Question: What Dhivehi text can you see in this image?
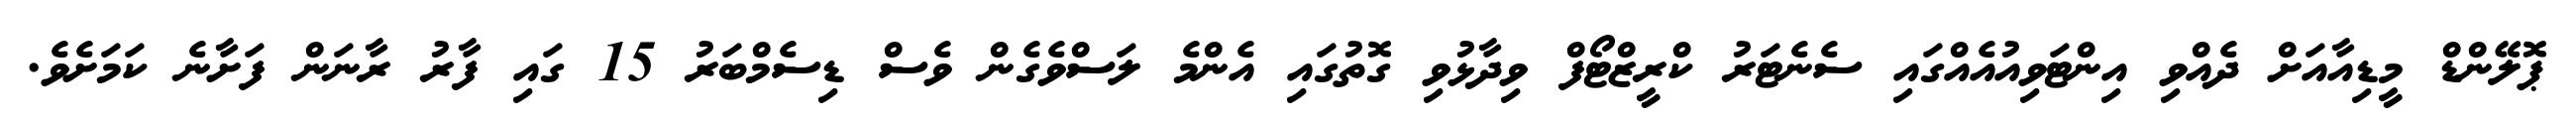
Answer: ޕޮލޭންޑް މީޑިއާއަށް ދެއްވި އިންޓަވިއުއެއްގައި ސެނެޓަރު ކްރީޒްޓޯފް ވިދާޅުވި ގޮތުގައި އެންމެ ލަސްވެގެން ވެސް ޑިސެމްބަރު 15 ގައި ފާރު ރާނަން ފަށާނެ ކަމަށެވެ.